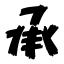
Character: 承